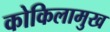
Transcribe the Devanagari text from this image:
कोकिलामुख